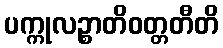
ပက္ကုလဉ္စာတိဝတ္တတီတိ